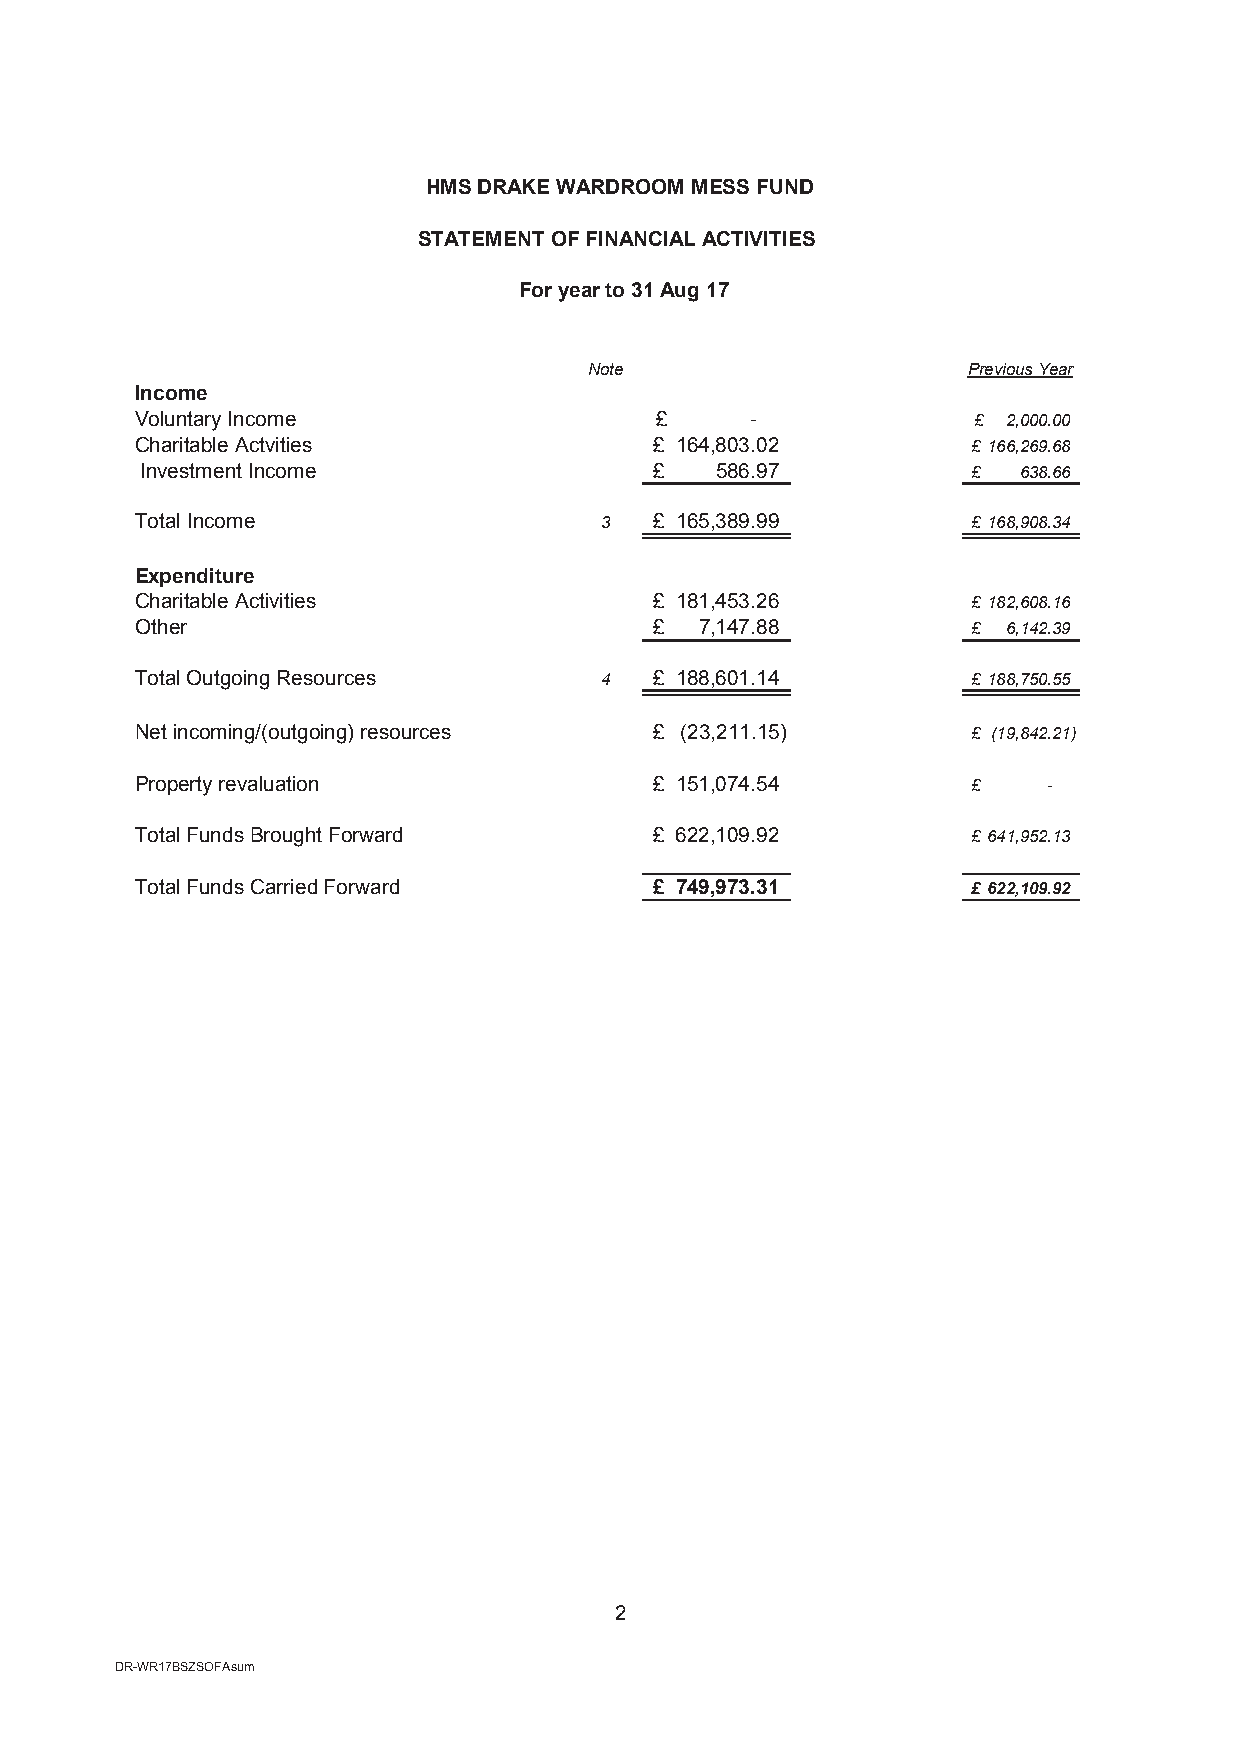
HMS DRAKE WARDROOM MESS FUND
 STATEMENT OF FINANCIAL ACTIVITIES
 For year to 31 Aug 17
 Note                     Previous Year
 Income
 Voluntary Income                  £      -             £  2,000.00
 Charitable Actvities              £ 1 64,803.02        £ 166,269.68
 Investment Income                 £   5 86.97          £  638.66
 Total Income                   3  £ 1 65,389.99        £ 168,908.34
 Expenditure
 Charitable Activities             £ 1 81,453.26        £ 182,608.16
 Other                             £  7 ,147.88         £  6,142.39
 Total Outgoing Resources       4  £ 1 88,601.14        £ 188,750.55
 Net incoming/(outgoing) resources £ (23,211.15)        £ (19,842.21)
 Property revaluation              £ 1 51,074.54        £    -
 Total Funds Brought Forward       £ 6 22,109.92        £ 641,952.13
 Total Funds Carried Forward       £ 7 49,973.31        £ 622,109.92
 2
 DR-WR17BSZSOFAsum